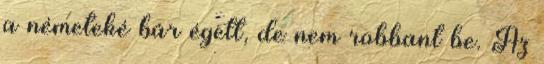
a németeké bár égett, de nem robbant be. Az